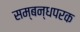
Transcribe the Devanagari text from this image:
सम्बन्धपरक